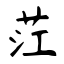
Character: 茳